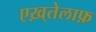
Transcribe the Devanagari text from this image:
एख़्तेलाफ़